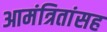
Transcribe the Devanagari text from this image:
आमंत्रितांसह